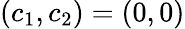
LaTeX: (c_{1},c_{2})=(0,0)